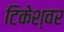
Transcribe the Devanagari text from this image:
टिकेश्वर